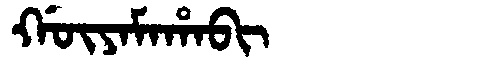
Manchu: ᡤᡡᠶᠠᠮᠠᡥᠠᠪᡳ
Romanization: GŪYAMAHABI